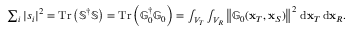
\begin{array} { r } { \sum _ { i } | s _ { i } | ^ { 2 } = \operatorname { T r } \left( \mathbb { S } ^ { \dagger } \mathbb { S } \right) = \operatorname { T r } \left( \mathbb { G } _ { 0 } ^ { \dagger } \mathbb { G } _ { 0 } \right) = \int _ { V _ { T } } \int _ { V _ { R } } \left\| \mathbb { G } _ { 0 } ( \mathbf { x } _ { T } , \mathbf { x } _ { S } ) \right\| ^ { 2 } \, \mathrm { d } \mathbf { x } _ { T } \, \mathrm { d } \mathbf { x } _ { R } . } \end{array}